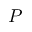
{ \cal P }